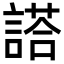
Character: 𬢿